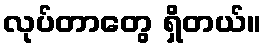
လုပ်တာတွေ ရှိတယ်။